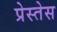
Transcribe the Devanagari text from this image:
प्रेस्तेस